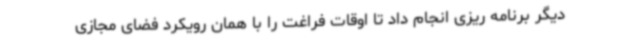
دیگر برنامه ریزی انجام داد تا اوقات فراغت را با همان رویکرد فضای مجازی